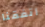
أتفقنا